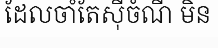
ដែលចាំតែស៊ីចំណី មិន